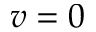
v = 0